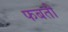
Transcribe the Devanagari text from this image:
फबती